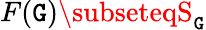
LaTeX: F(\mathtt{G})\subseteqS_{\mathtt{G}}